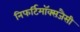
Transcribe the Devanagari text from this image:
निफर्टिमॉक्सजैसी